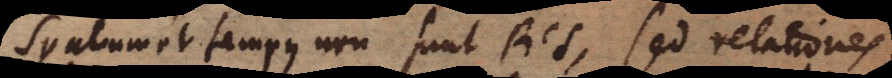
Spatium et tempus non sunt Res, sed relationes